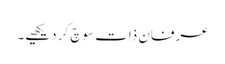
عرفانِ ذات سوچ کر دیکھیے۔